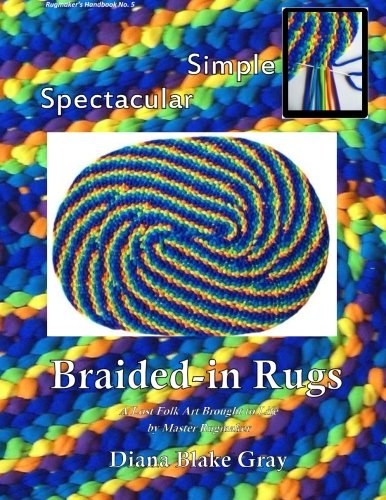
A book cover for Simple, Spectacular Braided-in Rugs (Rugmaker's Handbook) (Volume 5); Diana Blake Gray; Crafts, Hobbies & Home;